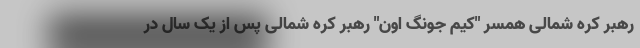
رهبر کره شمالی همسر "کیم جونگ اون" رهبر کره شمالی پس از یک سال در